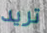
تريد